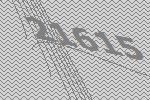
21615